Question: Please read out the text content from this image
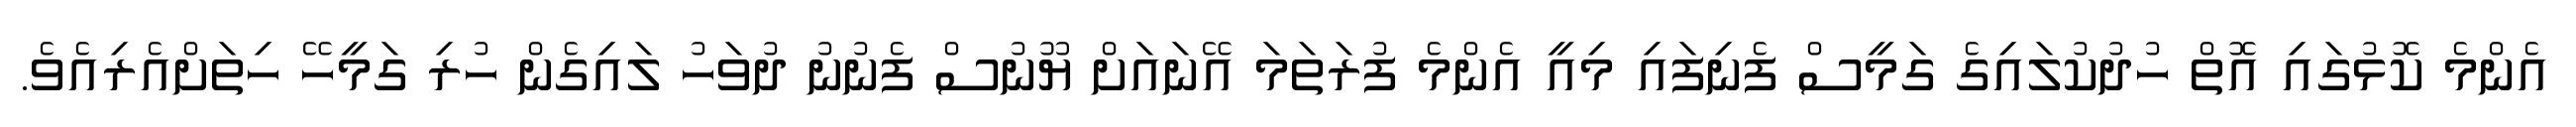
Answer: އެންމެ ކޮޅުގައި އޮތް ހުދުކުލައިގެ ގަމީސް ފެނިފައި މިއީ އެންމެ ފުރަތަމަ އޭނައަށް ޔޫނުސް ފެނުނު ދުވަހު ލައިގެން ހުރި ގަމީހޭ ހިތަށްއެރިއެވެ.